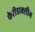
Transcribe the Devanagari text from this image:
फैरीडाक्सीन